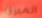
الميزان